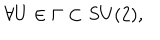
\forall U \in \Gamma \subset S U ( 2 ) ,